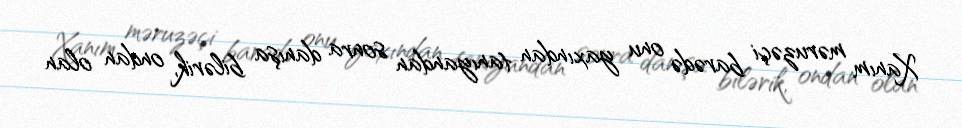
Xanım məruzəçi barədə onu yaxından tanıyandan sonra danışa bilərik, ondan olan